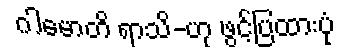
ဂါမောတိ ရာသိ-ဟု ဖွင့်ပြထားပုံ